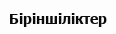
Біріншіліктер